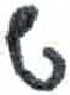
אות: ש